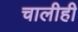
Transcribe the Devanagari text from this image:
चालीही